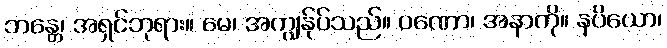
ဘန္တေ၊ အရှင်ဘုရား။ မေ၊ အကျွန်ုပ်သည်။ ဝဏော၊ အနာကို။ နပိယော၊